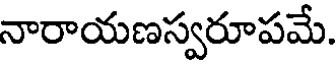
నారాయణస్వరూపమే.